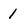
Character: 1